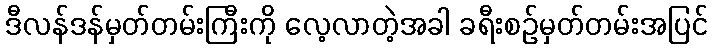
ဒီလန်ဒန်မှတ်တမ်းကြီးကို လေ့လာတဲ့အခါ ခရီးစဉ်မှတ်တမ်းအပြင်